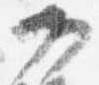
門